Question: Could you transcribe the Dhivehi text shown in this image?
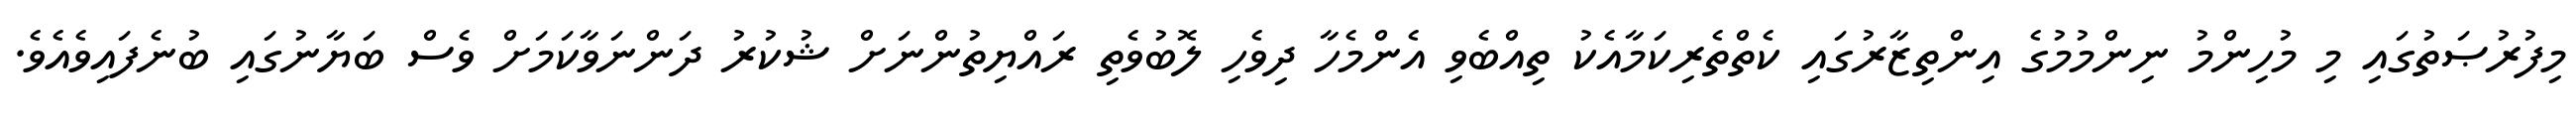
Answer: މިފުރުޞަތުގައި މި މުހިންމު ނިންމުމުގެ އިންތިޒާރުގައި ކެތްތެރިކަމާއެކު ތިއްބެވި އެންމެހާ ދިވެހި ލޮބުވެތި ރައްޔިތުންނަށް ޝުކުރު ދަންނަވާކަމަށް ވެސް ބަޔާނުގައި ބުނެފައިވެއެވެ.